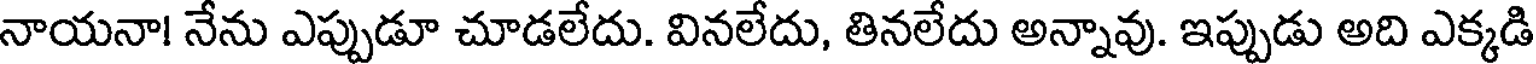
నాయనా! నేను ఎప్పుడూ చూడలేదు. వినలేదు, తినలేదు అన్నావు. ఇప్పుడు అది ఎక్కడి